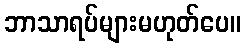
ဘာသာရပ်များမဟုတ်ပေ။